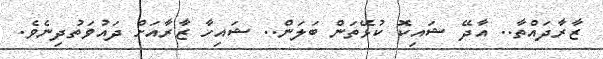
ޒާރާދައްތާ.. އާދޭ ޝައިކޮ ކުޅޭތަން ބަލަން.. ޝައިހާ ޒާރާއަަަަށް ދައުވަތުދިިިނެވެ.